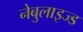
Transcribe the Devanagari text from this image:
नेबुलाइज्ड